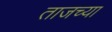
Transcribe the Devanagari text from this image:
ताजच्या